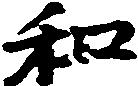
和